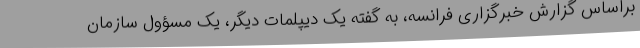
براساس گزارش خبرگزاری فرانسه، به گفته یک دیپلمات دیگر، یک مسؤول سازمان